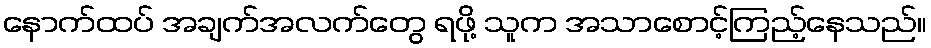
နောက်ထပ် အချက်အလက်တွေ ရဖို့ သူက အသာစောင့်ကြည့်နေသည်။